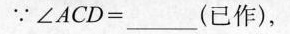
∴ $$ ∠ ACD = ___ $$ (已作)，